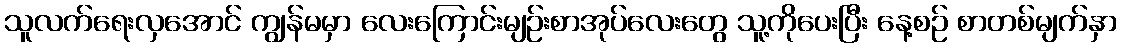
သူလက်ရေးလှအောင် ကျွန်မမှာ လေးကြောင်းမျဉ်းစာအုပ်လေးတွေ သူ့ကိုပေးပြီး နေ့စဉ် စာတစ်မျက်နှာ